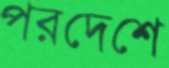
পরদেশে